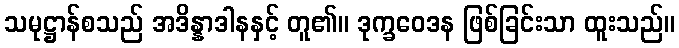
သမုဋ္ဌာန်စသည် အဒိန္နာဒါနနှင့် တူ၏။ ဒုက္ခဝေဒန ဖြစ်ခြင်းသာ ထူးသည်။